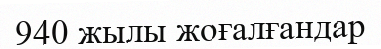
940 жылы жоғалғандар